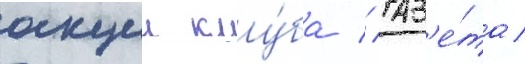
акции клу́ба // Газ'е́та